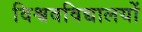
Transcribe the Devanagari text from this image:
विश्ववविद्यालयों